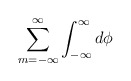
\begin{align*} \sum^{\infty}_{m=-\infty} \int^\infty_{-\infty} d \phi \;\end{align*}